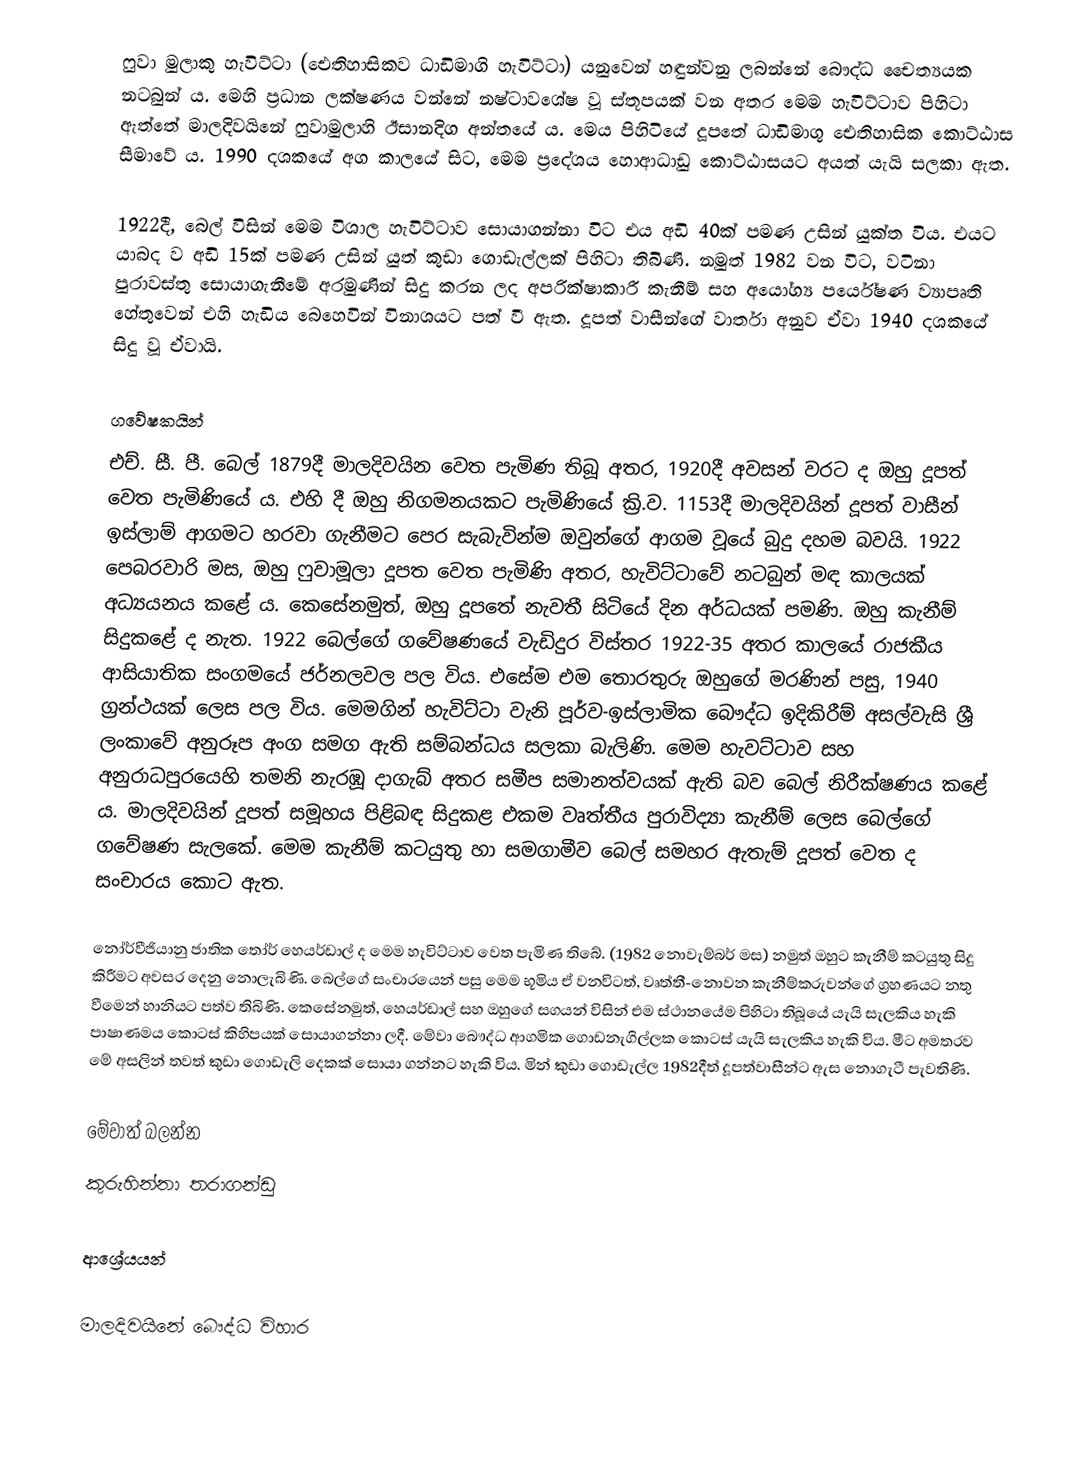
ෆුවා මුලාකු හැවිට්ටා (ඓතිහාසිකව ධාඩිමාගි හැවිට්ටා) යනුවෙන් හඳුන්වනු ලබන්නේ බෞද්ධ චෛත්‍යයක නටබුන් ය. මෙහි ප්‍රධාන ලක්ෂණය වන්නේ නෂ්ටාවශේෂ වූ ස්තූපයක් වන අතර මෙම හැවිට්ටාව පිහිටා ඇත්තේ මාලදිවයිනේ ෆුවාමුලාහි ඊසානදිග අන්තයේ ය. මෙය පිහිටියේ දූපතේ ධාඩිමාගු ඓතිහාසික‍ කොට්ඨාස සීමාවේ ය. 1990 දශකයේ අග කාලයේ සිට, මෙම ප්‍රදේශය හොආධාඩු කොට්ඨාසයට අයත් යැයි සලකා ඇත.

1922දී, බෙල් විසින් මෙම විශාල හැවිට්ටාව සොයාගන්නා විට එය අඩි 40ක් පමණ උසින් යුක්ත විය. එයට යාබද ව අඩි 15ක් පමණ උසින් යුත් කුඩා ගොඩැල්ලක් පිහිටා තිබිණි‍. නමුත් 1982 වන විට, වටිනා පුරාවස්තු සොයාගැනීමේ අරමුණින් සිදු කරන ලද අපරික්ෂාකාරී කැනීම් සහ අයෝග්‍ය පර්යේෂණ ව්‍යාපෘති හේතුවෙන් එහි හැඩිය බෙහෙවින් විනාශයට පත් වී ඇත. දූපත් වාසීන්ගේ වාර්තා අනුව ඒවා 1940 දශකයේ සිදු වූ ඒවායි.

ගවේෂකයින්
එච්. සී. පී. බෙල් 1879දී මාලදිවයින වෙත පැමිණ තිබූ අතර, 1920දී අවසන් වරට ද ඔහු දූපත් වෙත පැමිණියේ ය. එහි දී ඔහු නිගමනයකට පැමිණියේ ක්‍රි.ව. 1153දී මාලදිවයින් දූපත් වාසීන් ඉස්ලාම් ආගමට හරවා ගැනීමට පෙර සැබැවින්ම ඔවුන්ගේ ආගම වූයේ බුදු දහම බවයි. 1922 පෙබරවාරි මස, ඔහු ෆුවාමූලා දූපත වෙත පැමිණි අතර, හැවිට්ටාවේ නටබුන් මඳ කාලයක් අධ්‍යයනය කළේ ය. කෙසේනමුත්, ඔහු දූපතේ නැවතී සිටියේ දින අර්ධයක් පමණි. ඔහු කැනීම් සිදුකළේ ද නැත. 1922 බෙල්ගේ ගවේෂණයේ වැඩිදුර විස්තර 1922-35 අතර කාලයේ රාජකීය ආසියාතික සංගමයේ ජර්නලවල පල විය. එසේම එම තොරතුරු ඔහුගේ මරණින් පසු, 1940 ග්‍රන්ථයක් ලෙස පල විය. මෙමගින් හැවිට්ටා වැනි පූර්ව-ඉස්ලාමික බෞද්ධ ඉදිකිරීම් අසල්වැසි ශ්‍රී ලංකාවේ අනුරූප අංග සමග ඇති සම්බන්ධය ‍සලකා බැලිණි. මෙම හැවට්ටාව සහ අනුරාධපුරයෙහි තමනි නැරඹූ දාගැබ් අතර සමීප සමානත්වයක් ඇති බව බෙල් නිරීක්ෂණය කළේ ය. මාලදිවයින් දූපත් සමූහය පිළිබඳ සිදුකළ එකම වෘත්තීය පුරාවිද්‍යා කැනීම් ලෙස බෙල්ගේ ගවේෂණ සැලකේ. මෙම කැනීම් කටයුතු හා සමගාමීව බෙල් සමහර ඇතැම් දූපත් වෙත ද සංචාරය කොට ඇත.

නෝර්වීජියානු ජාතික තෝර් හෙයර්ඩාල් ද මෙම හැවිට්ටාව වෙත පැමිණ තිබේ. (1982 නොවැම්බර් මස) නමුත් ඔහුට කැනීම් කටයුතු සිදු කිරීමට අවසර දෙනු නොලැබිණි. බෙල්ගේ සංචාරයෙන් පසු මෙම භූමිය ඒ වනවිටත්, වෘත්තී-නොවන කැනීම්කරුවන්ගේ ග්‍රහණයට නතු වීමෙන් හානියට පත්ව තිබිණි. කෙසේනමුත්, හෙයර්ඩාල් සහ ඔහුගේ සගයන් විසින් එම ස්ථානයේම පිහිටා තිබූයේ යැයි සැලකිය හැකි පාෂාණමය කොටස් කිහිපයක් සොයාගන්නා ලදී. මේවා බෞද්ධ ආගමික ගොඩනැගිල්ලක කොටස් යැයි සැලකිය හැකි විය. මීට අමතරව මේ අසලින් තවත් කුඩා ගොඩැලි දෙකක් සොයා ගන්නට හැකි විය. මින් කුඩා ගොඩැල්ල 1982දීත් දූපත්වාසීන්ට ඇස නොගැටී පැවතිණි.

මේවාත් බලන්න
කුරුහින්නා තරාගන්ඩු

ආශ්‍රේයයන්

මාලදිවයිනේ බෞද්ධ විහාර